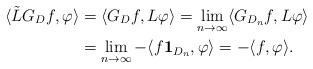
LaTeX: \begin{align*}\langle \tilde{L}G_Df,\varphi\rangle&=\langle G_Df,L\varphi\rangle=\lim_{n\to\infty} \langle G_{D_n}f,L\varphi\rangle\\&=\lim_{n\to\infty}- \langle f\mathbf{1}_{D_n},\varphi\rangle= -\langle f,\varphi\rangle.\end{align*}